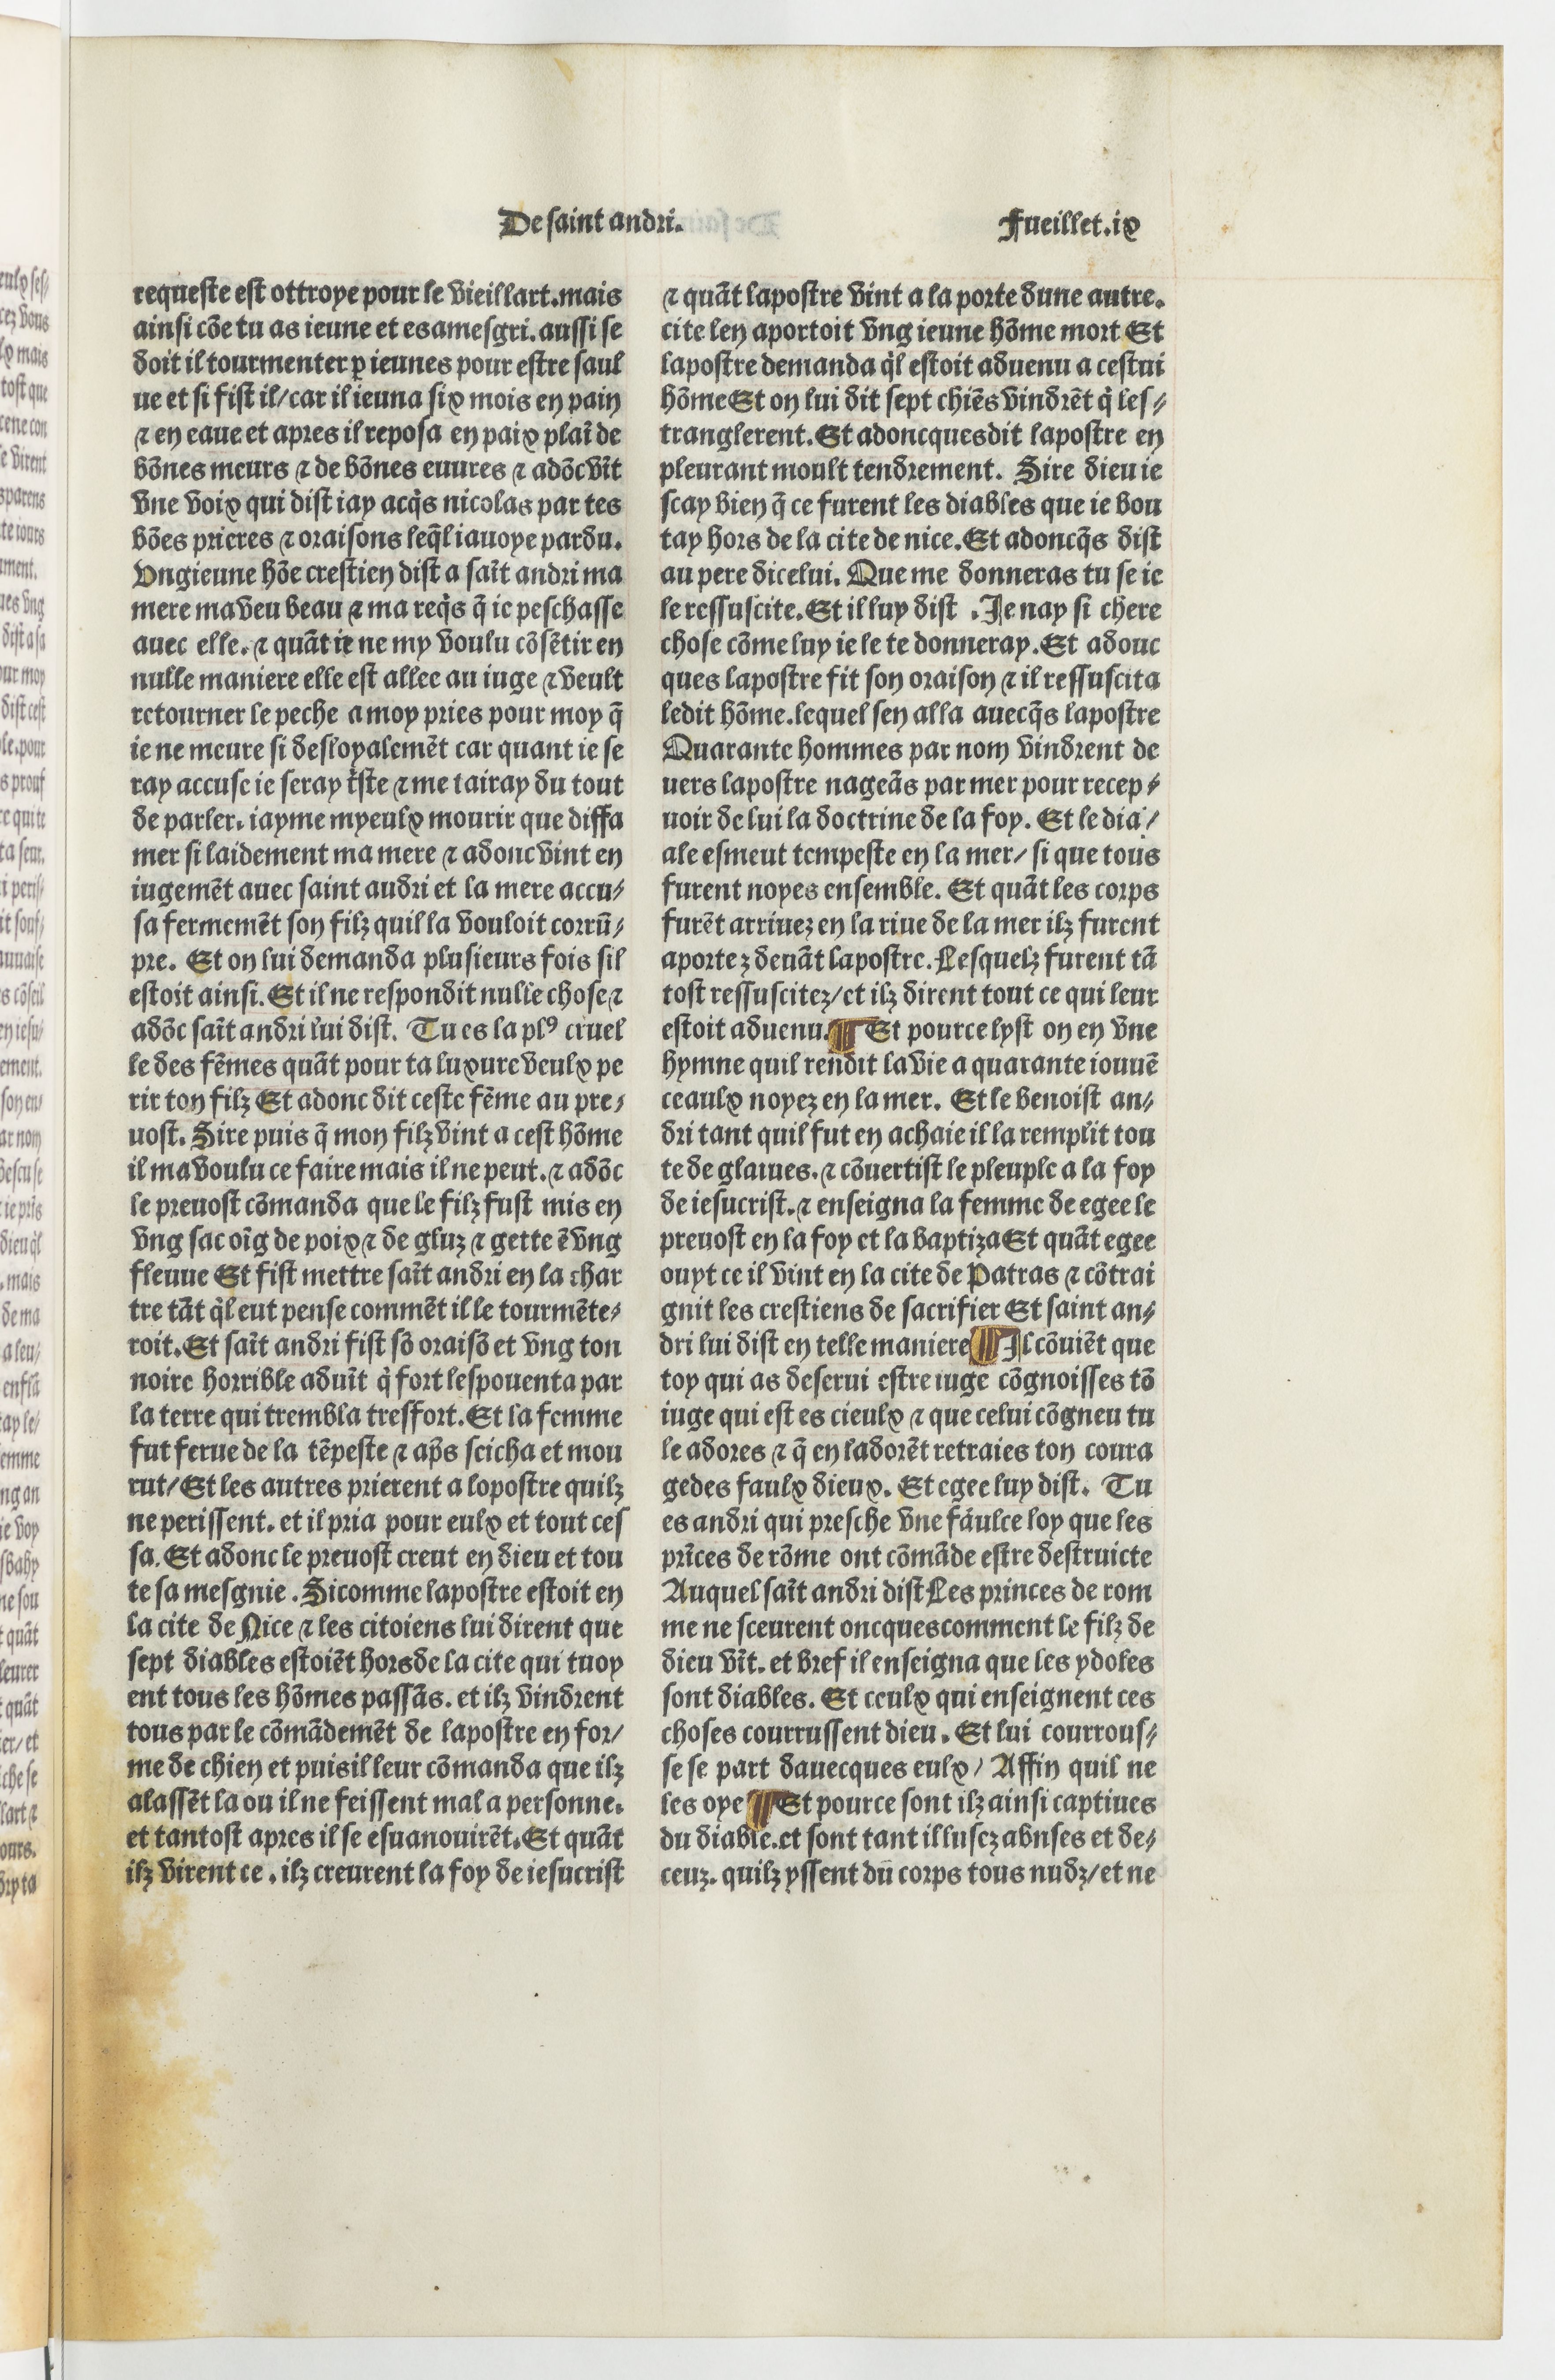
Shelfmark: Paris, BnF, Velins 690
Century: 15